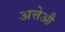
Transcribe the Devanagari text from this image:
अत्तेऔ